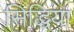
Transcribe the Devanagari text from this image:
सिद्धिया